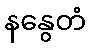
နနွေတံ